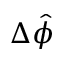
\Delta \hat { \phi }